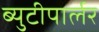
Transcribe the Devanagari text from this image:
ब्युटीपार्लर